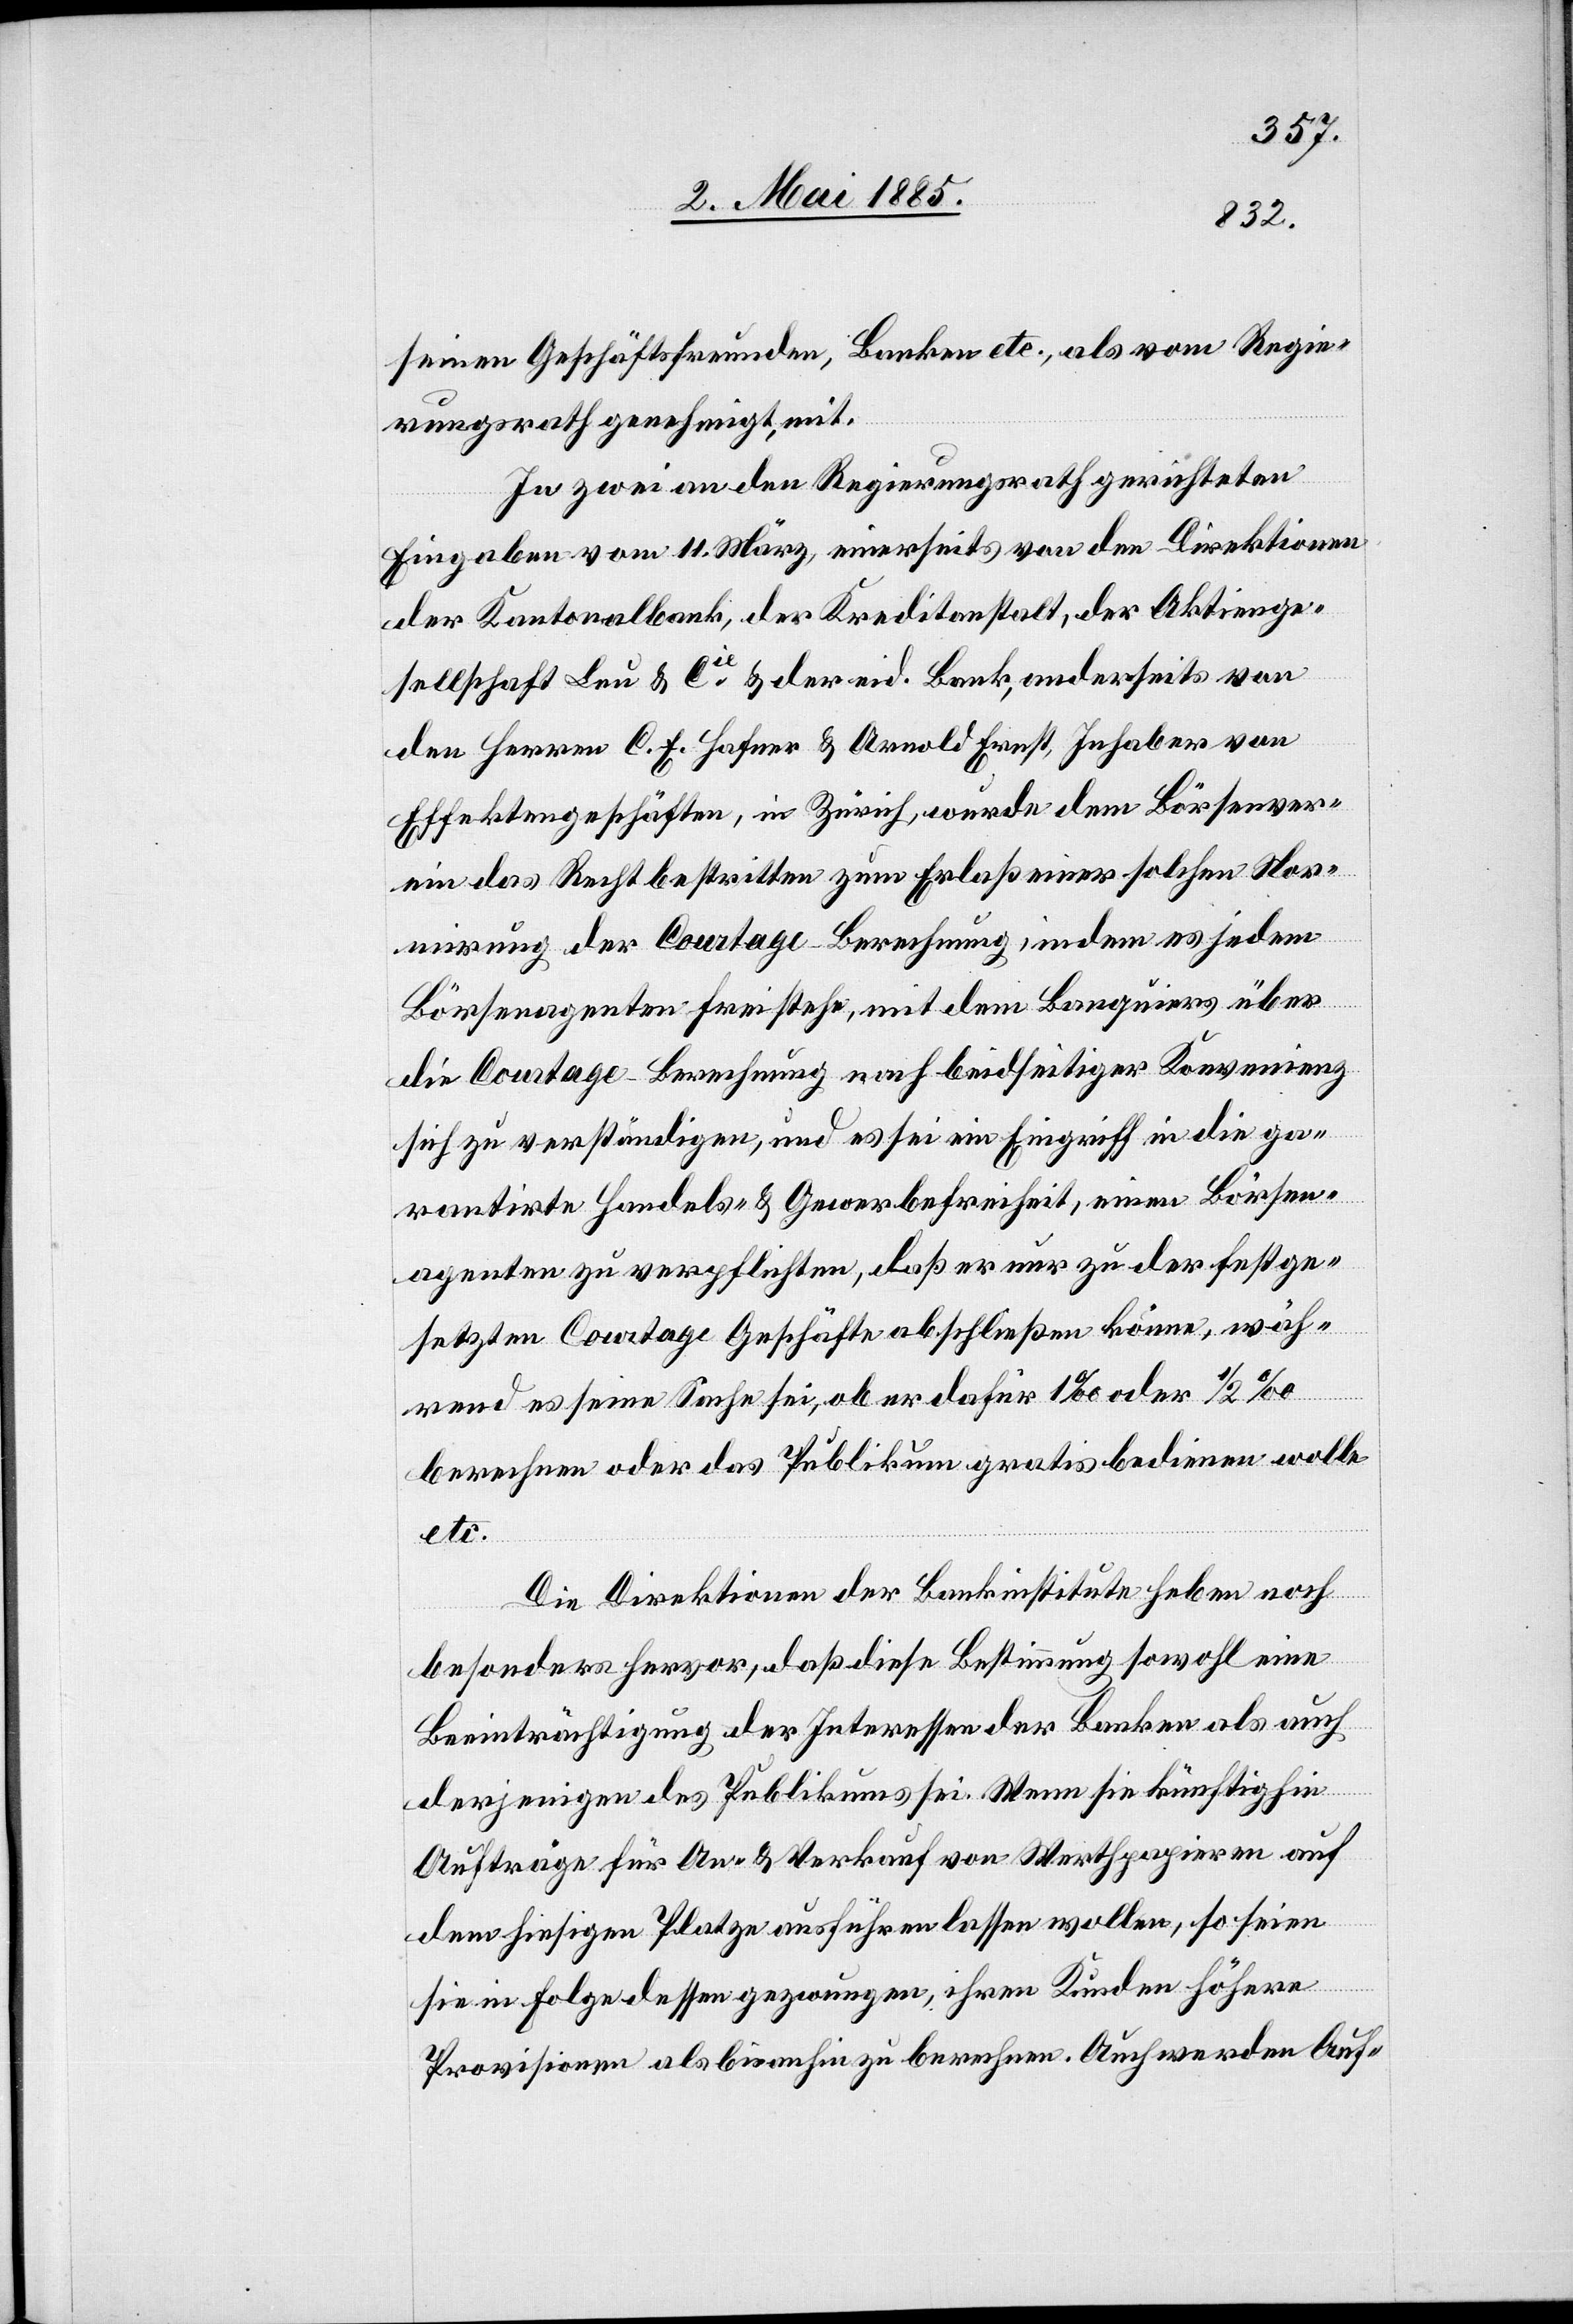
seinen Geschäftsfreunden, Banken etc., als vom Regie¬
rungsrath genehmigt, mit.
In zwei an den Regierungsrath gerichteten
Eingaben vom 11. März, einerseits von den Direktionen
der Kantonalbank, der Kreditanstalt, der Aktienge¬
sellschaft Leu & Cie & der eid. Bank, anderseits von
den Herren C. E. Hafner & Arnold Ernst, Inhaber von
Effektengeschäften, in Zürich, wurde dem Börsenver¬
ein das Recht bestritten zum Erlaß einer solchen Nor¬
mirung der Courtage-Berechnung, indem es jedem
Börsenagenten freistehe, mit dem [sic!] Banquiers über
die Courtage-Berechnung nach beidseitiger Konvenienz
sich zu verständigen, und es sei ein Eingriff in die ga¬
rantirte Handels- & Gewerbefreiheit, einen Börsen¬
agenten zu verpflichten, daß er nur zu der festge¬
setzten Courtage Geschäfte abschließen könne, wäh¬
rend es seine Sache sei, ob er dafür 1‰ oder 1/2‰
berechnen oder das Publikum gratis bedienen wolle
etc.
Die Direktionen der Bankinstitute heben noch
besonders hervor, daß diese Bestimmung sowohl eine
Beeinträchtigung der Interessen der Banken als auch
derjenigen des Publikums sei. Wenn sie künftighin
Aufträge für An- & Verkauf von Werthpapieren auf
dem hiesigen Platze ausführen lassen wollen, so seien
sie in Folge dessen gezwungen, ihren Kunden höhere
Provisionen als bis anhin zu berechnen. Auch werden Auf-